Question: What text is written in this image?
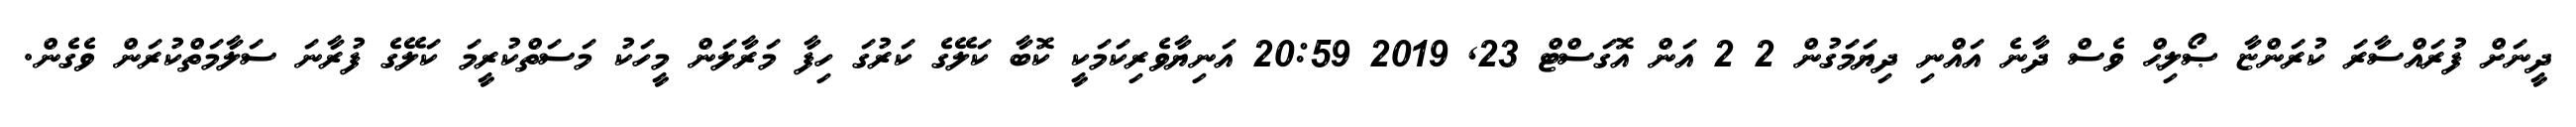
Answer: ދީނަށް ފުރައްސާރަ ކުރަންޏާ ޞޯލިޙް ވެސް ދާނެ އައްނި ދިޔަމަގުން 2 2 އަން އޮގަސްޓް 23, 2019 20:59 އަނިޔާވެރިކަމަކީ ކޮބާ ކަލޭގެ ކަރުގަ ހިފާ މަރާލަން މީހަކު މަސަތްކުރީމަ ކަލޭގެ ފުރާނަ ސަލާމަތްކުރަން ވެގެން.